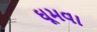
ઘૂમવા